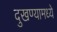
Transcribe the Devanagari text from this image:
दुखण्यामध्ये